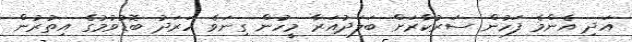
އަދި އެންމެ ފަހުން ސަރުކާރަށް ބަލަދުއަރާ މީހުން ގިނަވެ ހަރަދު ބޮޑުވުމުގެ އިތުރުން